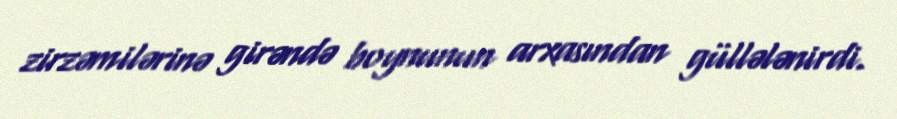
zirzəmilərinə girəndə boynunun arxasından güllələnirdi.